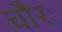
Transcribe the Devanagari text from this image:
चौरः